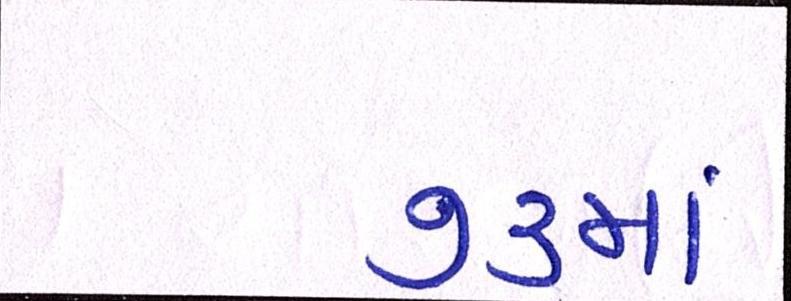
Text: ૭૩માં